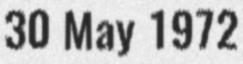
30 May 1972